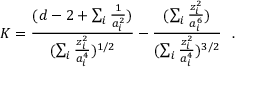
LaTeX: K = { \frac { ( d - 2 + \sum _ { i } { \frac { 1 } { a _ { i } ^ { 2 } } } ) } { ( \sum _ { i } { \frac { z _ { i } ^ { 2 } } { a _ { i } ^ { 4 } } } ) ^ { 1 / 2 } } } - { \frac { ( \sum _ { i } { \frac { z _ { i } ^ { 2 } } { a _ { i } ^ { 6 } } } ) } { ( \sum _ { i } { \frac { z _ { i } ^ { 2 } } { a _ { i } ^ { 4 } } } ) ^ { 3 / 2 } } } ~ ~ .